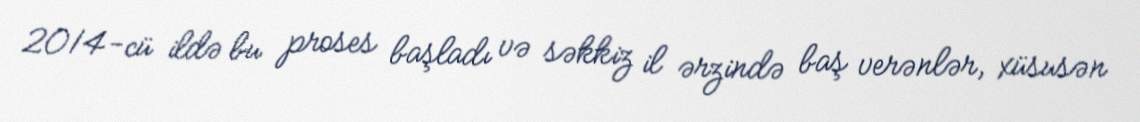
2014-cü ildə bu proses başladı və səkkiz il ərzində baş verənlər, xüsusən